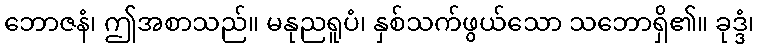
ဘောဇနံ၊ ဤအစာသည်။ မနုညရူပံ၊ နှစ်သက်ဖွယ်သော သဘောရှိ၏။ ခုဒ္ဒံ၊